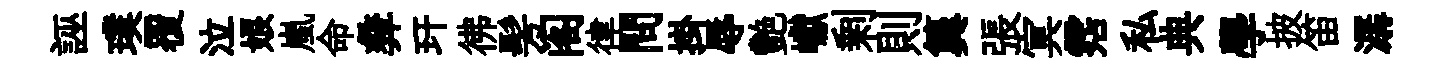
誣璞覆泣娘嵐命彜玕彿髣阁律問掛辱艷巘剰則簨張㝠霑私典學披笛潺